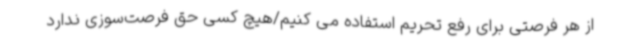
از هر فرصتی‌ برای رفع تحریم استفاده می کنیم/هیچ کسی حق فرصت‌سوزی ندارد